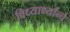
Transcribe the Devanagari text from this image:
विध्यार्थ्यांन्चे